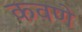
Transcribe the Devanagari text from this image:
कवणे